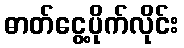
ဓာတ်ငွေ့ပိုက်လိုင်း